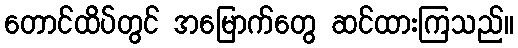
တောင်ထိပ်တွင် အမြောက်တွေ ဆင်ထားကြသည်။